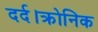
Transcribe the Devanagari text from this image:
दर्द।क्रोनिक